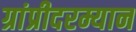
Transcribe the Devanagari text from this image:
ग्रांप्रीदरम्यान